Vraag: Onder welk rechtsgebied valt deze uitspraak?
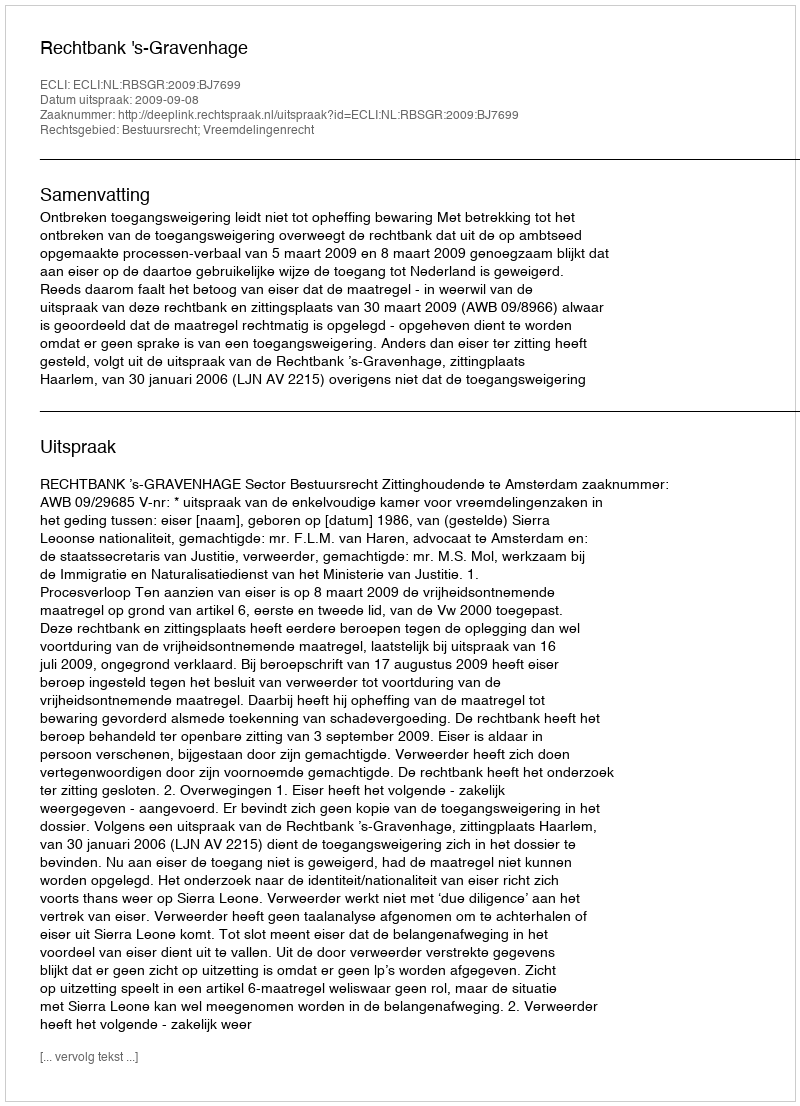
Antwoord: Bestuursrecht; Vreemdelingenrecht